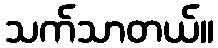
သက်သာတယ်။